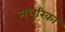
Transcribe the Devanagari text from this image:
मधुरिका